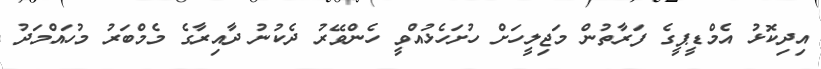
އިދިކޮޅު އެމްޑީޕީގެ ފަރާތުން މަޖިލީހަށް ހުށަހެޅުއްވީ ހެންވޭރު ދެކުނު ދާއިރާގެ މެމްބަރު މުހައްމަދު